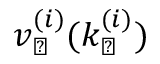
v _ { \perp } ^ { ( i ) } ( k _ { \perp } ^ { ( i ) } )